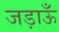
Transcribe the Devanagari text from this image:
जड़ाऊँ